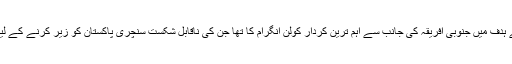
اس ہمالیہ جیسے ہدف میں جنوبی افریقہ کی جانب سے اہم ترین کردار کولن انگرام کا تھا جن کی ناقابل شکست سنچری پاکستان کو زیر کرنے کے لیے کافی ٹھہری۔